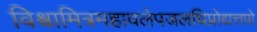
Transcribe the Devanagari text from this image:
विश्वामित्रमहावलेपजलधिप्रोद्यत्तपो